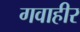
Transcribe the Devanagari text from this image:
गवाहीर